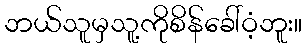
ဘယ်သူမှသူ့ကိုစိန်ခေါ်ဝံ့ဘူး။